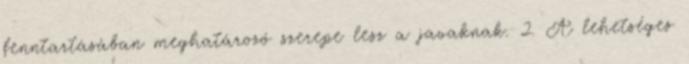
fenntartásában meghatározó szerepe lesz a javaknak. 2. A lehetséges